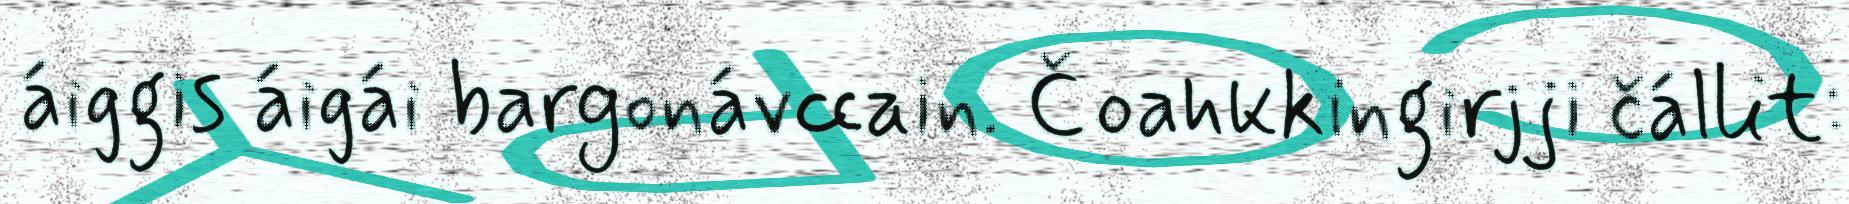
áiggis áigái bargonávccain. Čoahkkingirjji čállit: